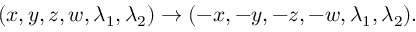
( x , y , z , w , \lambda _ { 1 } , \lambda _ { 2 } ) \to ( - x , - y , - z , - w , \lambda _ { 1 } , \lambda _ { 2 } ) .